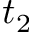
t _ { 2 }